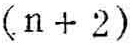
\((n + 2)\)